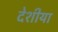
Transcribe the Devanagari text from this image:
देशीया